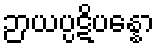
ဉာယပ္ပဋိပန္နော